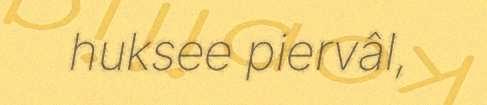
huksee piervâl,